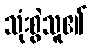
သုံးစွဲသူ၏